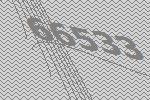
66533